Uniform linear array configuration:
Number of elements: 32
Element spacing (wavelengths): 0.25
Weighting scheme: kaiser
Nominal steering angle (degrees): -15
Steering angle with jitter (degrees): -14.101
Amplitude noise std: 0.05
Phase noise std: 0.05

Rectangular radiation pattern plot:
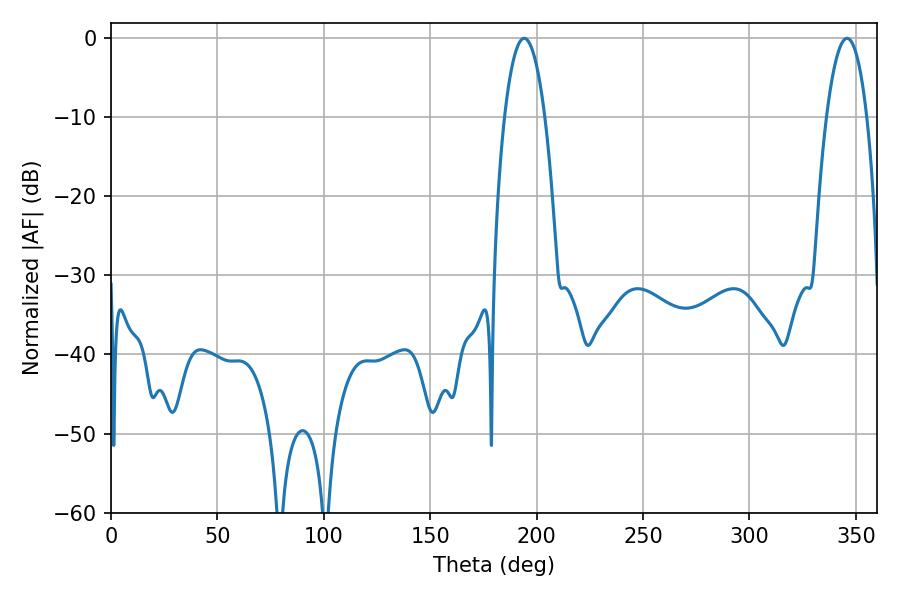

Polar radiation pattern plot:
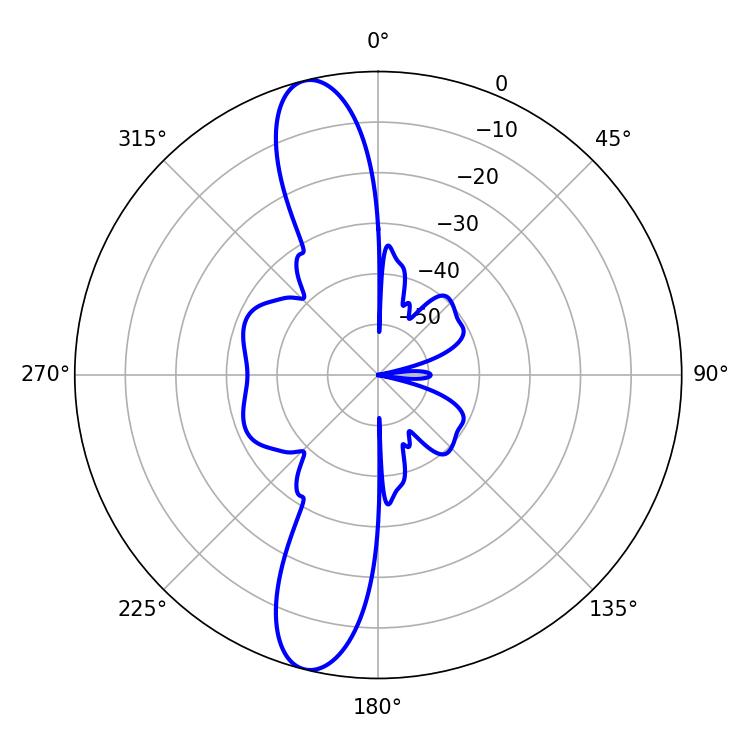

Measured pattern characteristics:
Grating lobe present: FALSE
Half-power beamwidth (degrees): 10.44
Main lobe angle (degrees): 194.22